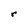
Character: r